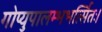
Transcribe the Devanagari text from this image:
गोप्युपालम्भभर्त्सितः।